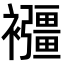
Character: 𧟂